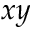
x y